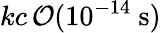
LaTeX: kc\, {\cal O}(10^{-14}~\mathrm{s})